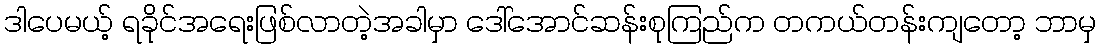
ဒါပေမယ့် ရခိုင်အရေးဖြစ်လာတဲ့အခါမှာ ဒေါ်အောင်ဆန်းစုကြည်က တကယ်တန်းကျတော့ ဘာမှ